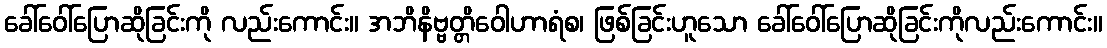
ခေါ်ဝေါ်ပြောဆိုခြင်းကို လည်းကောင်း။ အဘိနိဗ္ဗတ္တိဝေါဟာရံစ၊ ဖြစ်ခြင်းဟူသော ခေါ်ဝေါ်ပြောဆိုခြင်းကိုလည်းကောင်း။